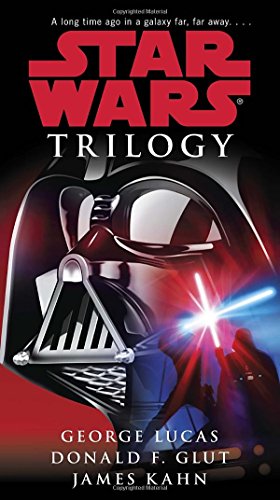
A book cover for Star Wars Trilogy; George Lucas; Science Fiction & Fantasy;